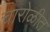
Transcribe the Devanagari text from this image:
चारोळीत